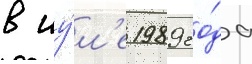
в иу́л'е 1989 го́да